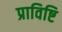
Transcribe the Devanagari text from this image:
प्राविष्टि